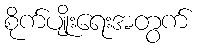
စိုက်ပျိုးရေးအတွက်